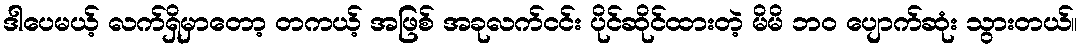
ဒါပေမယ့် လက်ရှိမှာတော့ တကယ့် အဖြစ် အခုလက်ငင်း ပိုင်ဆိုင်ထားတဲ့ မိမိ ဘဝ ပျောက်ဆုံး သွားတယ်။